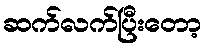
ဆက်လက်ပြီးတော့